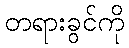
တရားခွင်ကို